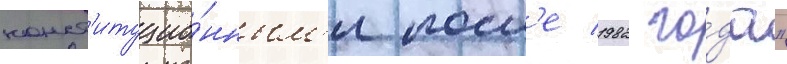
конст'итуцио́нным'и посл'е 1982 го́да"